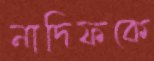
নাদিফকে